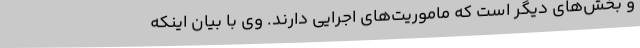
و بخش‌های دیگر است که ماموریت‌های اجرایی دارند. وی با بیان اینکه